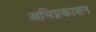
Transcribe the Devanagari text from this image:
अभिप्रकाशन